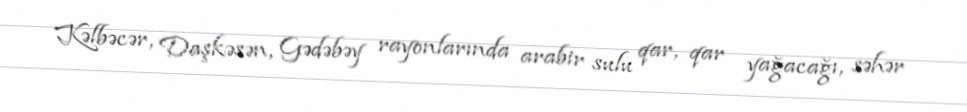
Kəlbəcər, Daşkəsən, Gədəbəy rayonlarında arabir sulu qar, qar yağacağı, səhər